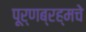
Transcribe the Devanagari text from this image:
पूर्णब्रह्मचे